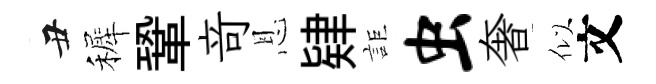
丑裤鞏竒恩肄詎虫奢似文